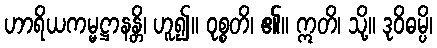
ဟာရိယကမ္မဋ္ဌာနန္တိ၊ ဟူ၍။ ဝုစ္စတိ၊ ၏။ ဣတိ၊ သို့။ ဒုဝိဓမ္ပိ၊